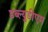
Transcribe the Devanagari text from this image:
डब्ल्युडीएम